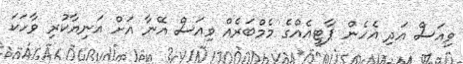
ވިއަސް އަދި އެހެން ޕާޓީއެއްގެ މެމްބަރެއް ވިއަސް އޭނާ އަށް އަނިޔާކުރި ވާހަކަ